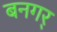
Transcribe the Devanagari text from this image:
बनगर्